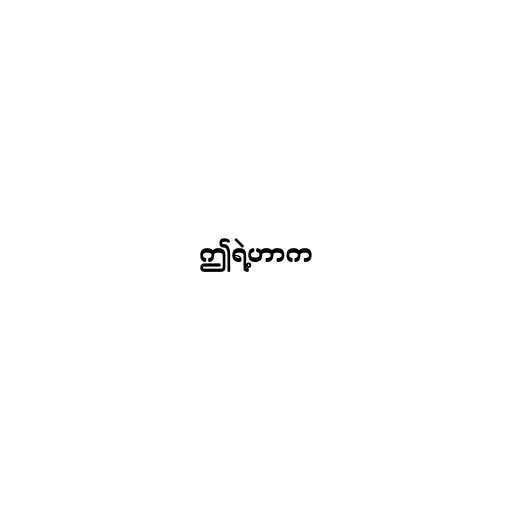
ဤရဲ့ဟာက